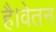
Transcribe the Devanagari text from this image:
है।वेतन